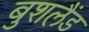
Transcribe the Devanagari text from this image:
बुशलैंड